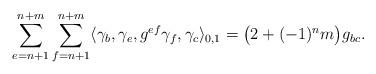
LaTeX: \begin{align*}\sum_{e=n+1}^{n+m}\sum_{f=n+1}^{n+m}\langle \gamma_b, \gamma_e, g^{ef}\gamma_f,\gamma_c\rangle_{0,1}=\big(2+(-1)^n m\big)g_{bc}.\end{align*}